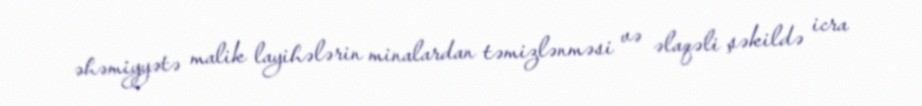
əhəmiyyətə malik layihələrin minalardan təmizlənməsi və əlaqəli şəkildə icra